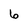
Character: 6